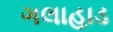
ગલાહાડ